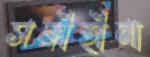
সঙ্গীহীনা